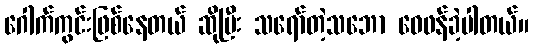
ဂေါက်ကွင်းဖြစ်နေတယ် ဆိုပြီး သရော်တဲ့သဘော ဝေဖန်ခဲ့ပါတယ်။